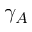
\gamma _ { A }